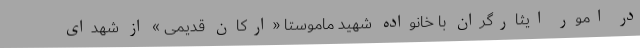
در امور ایثارگران با خانواده شهید ماموستا «ارکان قدیمی » از شهدای